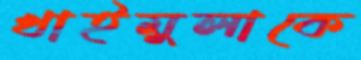
খাইমুলাকে